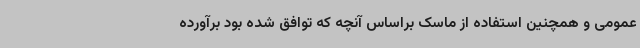
عمومی و همچنین استفاده از ماسک براساس آنچه که توافق شده بود برآورده